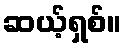
ဆယ့်ရှစ်။